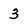
Character: 3